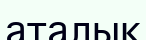
аталық